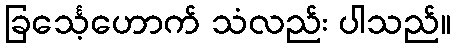
ခြင်္သေ့ဟောက် သံလည်း ပါသည်။